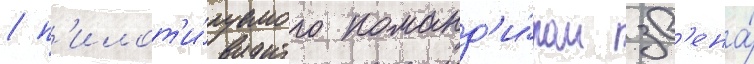
/ п'илот'и́руемого команд'и́ром зв'ена́